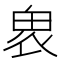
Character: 𠃁